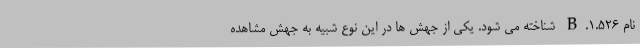
نام B.1.526 شناخته می شود. یکی از جهش ها در این نوع شبیه به جهش مشاهده